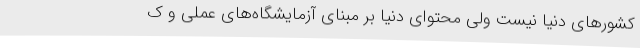
کشورهای دنیا نیست ولی محتوای دنیا بر مبنای آزمایشگاه‌های عملی و ک